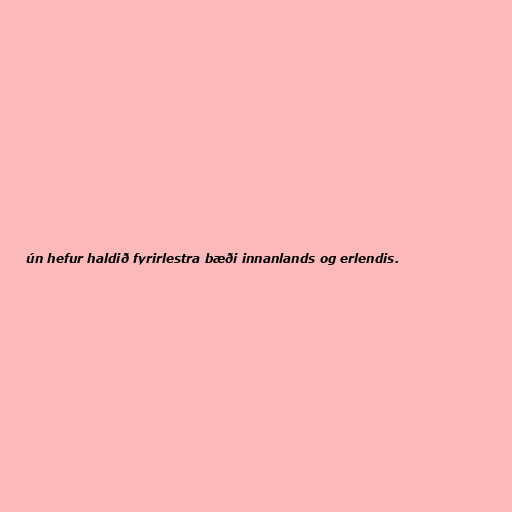
ún hefur haldið fyrirlestra bæði innanlands og erlendis.